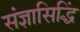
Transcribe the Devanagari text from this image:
संज्ञासिद्धिं